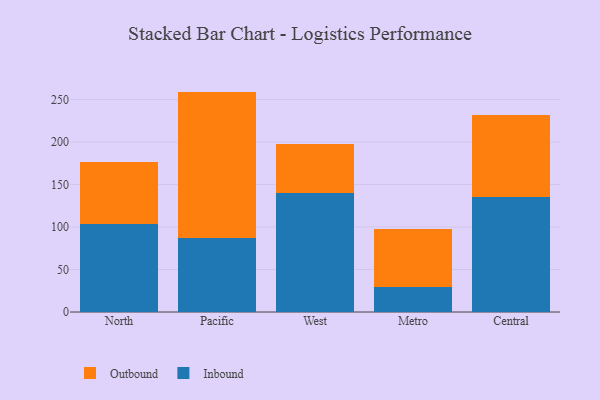
{"axis": {"x": "Region", "y": "Inventory Turnover"}, "legend": ["Inbound", "Outbound"], "data": [{"x": "North", "y": 103.5, "type": "Inbound"}, {"x": "North", "y": 72.7, "type": "Outbound"}, {"x": "Pacific", "y": 86.9, "type": "Inbound"}, {"x": "Pacific", "y": 172.3, "type": "Outbound"}, {"x": "West", "y": 139.5, "type": "Inbound"}, {"x": "West", "y": 58.5, "type": "Outbound"}, {"x": "Metro", "y": 29.6, "type": "Inbound"}, {"x": "Metro", "y": 67.7, "type": "Outbound"}, {"x": "Central", "y": 135.8, "type": "Inbound"}, {"x": "Central", "y": 95.3, "type": "Outbound"}]}